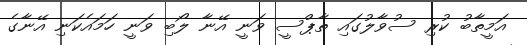
އަމީތާބު ކުރި ސުވާލުގައި ތާޕްސީ ވަނީ އޭނާ ލޯބި ވަނީ ހަމައެކަނި އޭނާގެ